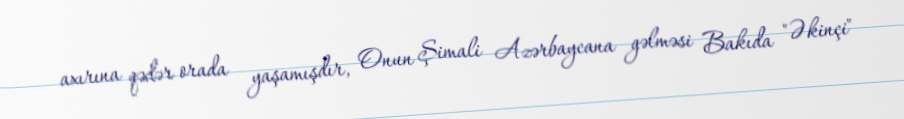
axırına qədər orada yaşamışdır, Onun Şimali Azərbaycana gəlməsi Bakıda "Əkinçi"